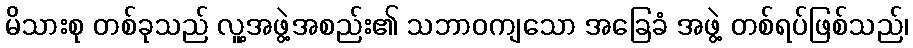
မိသားစု တစ်ခုသည် လူ့အဖွဲ့အစည်း၏ သဘာဝကျသော အခြေခံ အဖွဲ့ တစ်ရပ်ဖြစ်သည်၊